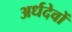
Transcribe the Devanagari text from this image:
अर्धदेवों